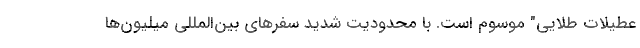
عطيلات طلايي" موسوم است. با محدودیت شدید سفرهای بین‌المللی میلیون‌ها